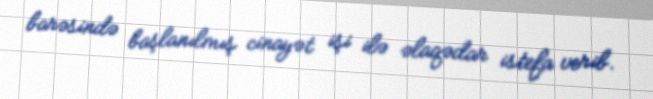
barəsində başlanılmış cinayət işi ilə əlaqədar istefa verib.